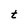
Character: t